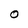
Character: O